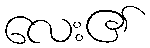
လေး၏